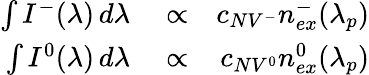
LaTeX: \begin{array}{rlr}{\int I^{-}(\lambda)\, d\lambda}&{{}\propto}&{c_{NV^{-}}n_{ex}^{-}(\lambda_{p})}\\ {\int I^{0}(\lambda)\, d\lambda}&{{}\propto}&{c_{NV^{0}}n_{ex}^{0}(\lambda_{p})}\end{array}